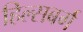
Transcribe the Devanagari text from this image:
हिल्सबर्ग